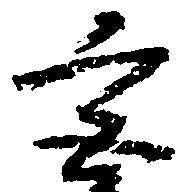
宮